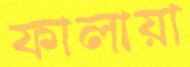
ফালায়া